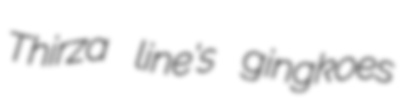
Thirza line's gingkoes